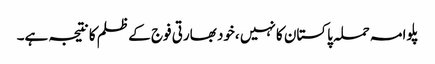
پلوامہ حملہ پاکستان کا نہیں ،خود بھارتی فوج کے ظلم کا نتیجہ ہے۔